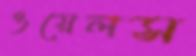
ওয়েলস